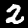
Label: 2